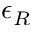
\epsilon _ { R }